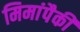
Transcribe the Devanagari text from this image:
मिमांपैकी